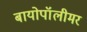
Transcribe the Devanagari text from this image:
बायोपॉलीमर